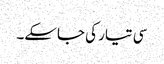
سی تیار کی جاسکے۔